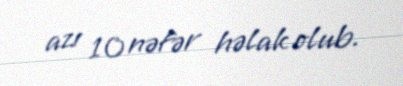
azı 10 nəfər həlak olub.